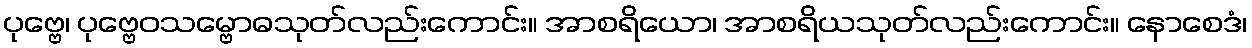
ပုဗ္ဗေ၊ ပုဗ္ဗေဝသမ္ဗောဓသုတ်လည်းကောင်း။ အာစရိယော၊ အာစရိယသုတ်လည်းကောင်း။ နောစေဒံ၊